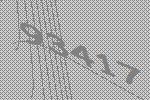
93417